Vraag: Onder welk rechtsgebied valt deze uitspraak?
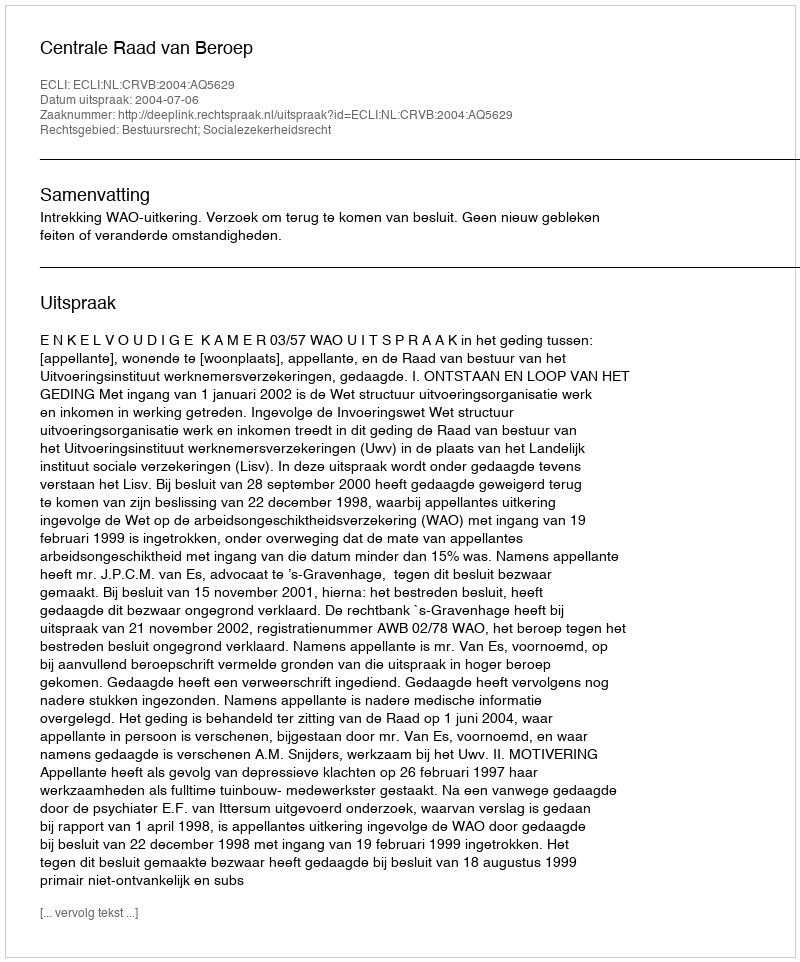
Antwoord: Bestuursrecht; Socialezekerheidsrecht